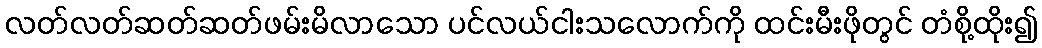
လတ်လတ်ဆတ်ဆတ်ဖမ်းမိလာသော ပင်လယ်ငါးသလောက်ကို ထင်းမီးဖိုတွင် တံစို့ထိုး၍